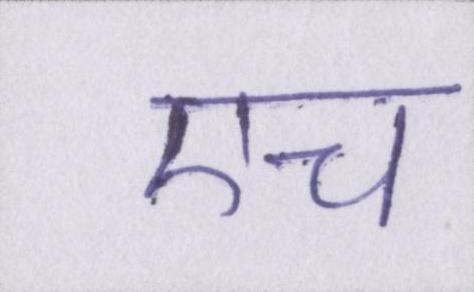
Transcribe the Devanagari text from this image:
एच